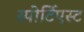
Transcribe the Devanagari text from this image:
स्पोर्टिएस्ट